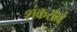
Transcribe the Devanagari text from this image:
शंकराचं